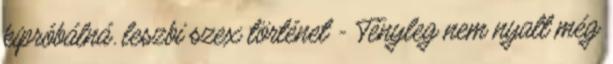
kipróbálná. leszbi szex történet - Tényleg nem nyalt még